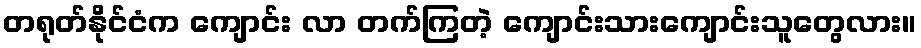
တရုတ်နိုင်ငံက ကျောင်း လာ တက်ကြတဲ့ ကျောင်းသားကျောင်းသူတွေလား။